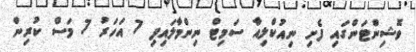
ވޮޝިންޓަންގައި ފެށި ނިއުކްލިއާ ސަމިޓް ނިންމާލައިފި 7 އަހަރު 7 މަސް ކުރިން